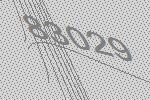
83029